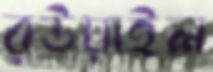
রউয়াইল